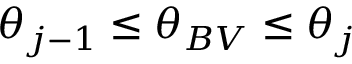
\theta _ { j - 1 } \leq \theta _ { B V } \leq \theta _ { j }